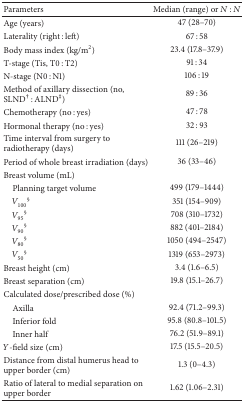
| Parameters | Median (range) or N : N |
 | --- | --- |
 | Age (years) | 47 (28–70) |
 | Laterality (right : left) | 67 : 58 |
 | Body mass index (kg/m2) | 23.4 (17.8–37.9) |
 | T-stage (Tis, T0 : T2) | 91 : 34 |
 | N-stage (N0 : N1) | 106 : 19 |
 | Method of axillary dissection (no, SLND† : ALND‡) | 89 : 36 |
 | Chemotherapy (no : yes) | 47 : 78 |
 | Hormonal therapy (no : yes) | 32 : 93 |
 | Time interval from surgery to radiotherapy (days) | 111 (26–219) |
 | Period of whole breast irradiation (days) | 36 (33–46) |
 | Breast volume (mL) |  |
 | Planning target volume | 499 (179–1444) |
 | V100§ | 351 (154–909) |
 | V95§ | 708 (310–1732) |
 | V90§ | 882 (401–2184) |
 | V80§ | 1050 (494–2547) |
 | V50§ | 1319 (653–2973) |
 | Breast height (cm) | 3.4 (1.6–6.5) |
 | Breast separation (cm) | 19.8 (15.1–26.7) |
 | Calculated dose/prescribed dose (%) |  |
 | Axilla | 92.4 (71.2–99.3) |
 | Inferior fold | 95.8 (80.8–101.5) |
 | Inner half | 76.2 (51.9–89.1) |
 | Y-field size (cm) | 17.5 (15.5–20.5) |
 | Distance from distal humerus head to upper border (cm) | 1.3 (0–4.3) |
 | Ratio of lateral to medial separation on upper border | 1.62 (1.06–2.31) |